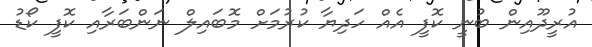
އުރީދޫއިން ބުނީ ކޮފީ އެއް ހަދިޔާ ކުރުމަށް މޮބައިލް ނަންބަރާއި ކޮފީ ކޯޑު